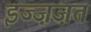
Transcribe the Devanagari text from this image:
इज्ज़ज़त